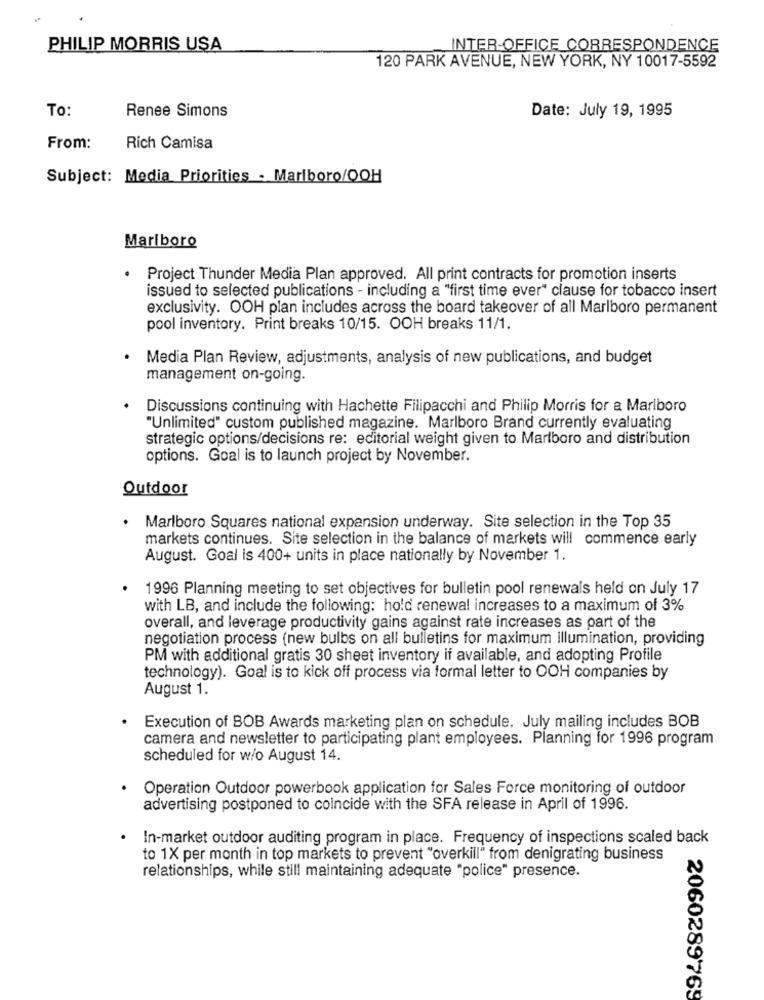
PHILIP MORRIS USA
INTER-OFFICE CORRESPONDENCE
120 PARK AVENUE, NEW YORK, NY 10017-5592
To:
Renee Simons
Date: July 19, 1995
From:
Rich Camisa
Subject: Media Priorities - Marlboro/OOH
Marlboro
.
Project Thunder Media Plan approved. All print contracts for promotion inserts
issued to selected publications - including a "first time ever" clause for tobacco insert
exclusivity. OOH plan includes across the board takeover of all Marlboro permanent
pool inventory. Print breaks 10/15. OOH breaks 11/1.
Media Plan Review, adjustments, analysis of new publications, and budget
management on-going.
Discussions continuing with Hachette Filipacchi and Philip Morris for a Marlboro
"Unlimited" custom published magazine. Marlboro Brand currently evaluating
strategic options/decisions re: editorial weight given to Marlboro and distribution
options. Goal is to launch project by November.
Outdoor
Marlboro Squares national expansion underway. Site selection in the Top 35
markets continues. Site selection in the balance of markets will commence early
August. Goal is 400+ units in place nationally by November 1.
1996 Planning meeting to set objectives for bulletin pool renewals held on July 17
with LB, and include the following: hold renewal increases to a maximum of 3%
overall, and leverage productivity gains against rate increases as part of the
negotiation process (new bulbs on all bulletins for maximum illumination, providing
PM with additional gratis 30 sheet inventory if available, and adopting Profile
technology). Goal is to kick off process via formal letter to OOH companies by
August 1.
Execution of BOB Awards marketing plan on schedule. July mailing includes BOB
camera and newsletter to participating plant employees. Planning for 1996 program
scheduled for w/o August 14.
Operation Outdoor powerbook application for Sales Force monitoring of outdoor
advertising postponed to coincide with the SFA release in April of 1996.
In-market outdoor auditing program in place. Frequency of inspections scaled back
to 1X per month in top markets to prevent "overkill" from denigrating business
relationships, while still maintaining adequate "police" presence.
2060289769